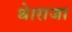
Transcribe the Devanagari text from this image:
थे।राजा